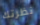
نظرتك